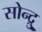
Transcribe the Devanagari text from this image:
सोन्द्रु